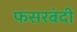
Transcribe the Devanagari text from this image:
फसरबंदी